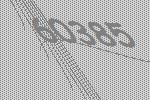
60385